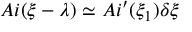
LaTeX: A i ( \xi - \lambda ) \simeq A i ^ { \prime } ( \xi _ { 1 } ) \delta \xi